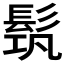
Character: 𩬰